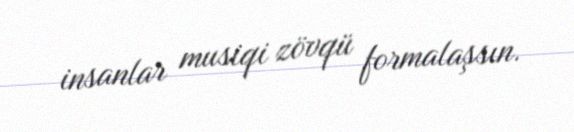
insanlar musiqi zövqü formalaşsın.